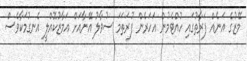
މޭޒުގެ އަނެއް ފަރާތުގައި ހުއްޓެމުން އަހަރެން ފުރަތަމަ ސުވާލު އޭނާއަށް އަމާޒުކޮއްލީ އެނގުމަކާވެސް